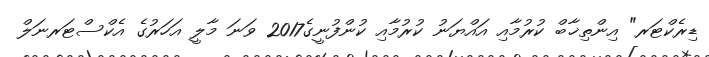
ޑިރެކްޓަރ" އިންތިޚާބް ކުރުމާއި އައްޔަނު ކުރުމާއި ކުންފުނީގެ2017 ވަނަ މާލީ އަހަރުގެ އެކްސްޓަރނަލް